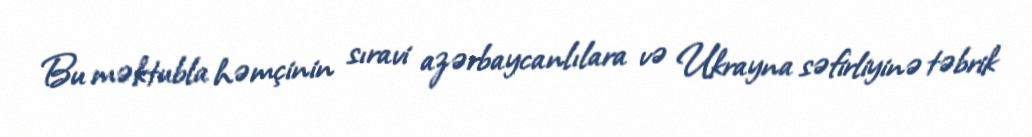
Bu məktubla həmçinin sıravi azərbaycanlılara və Ukrayna səfirliyinə təbrik